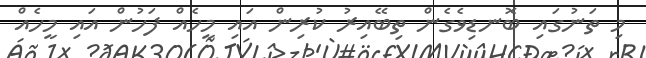
މި ތަނުގައި ބޮނޑިވެގެން ތިބޭއިރު ކުރިން އައި މީހެއް ފަހުން އައި މީހެއް